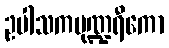
ဥပါသကပုဏ္ဍရီကော